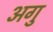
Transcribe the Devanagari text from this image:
अगु